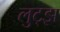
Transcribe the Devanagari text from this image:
लुट्झ